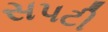
સપટી